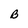
Character: B